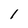
Character: 1